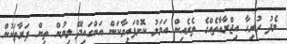
މެދު ހުރިހާ އިޖްރާއާތެއްގެ ތެރެއިން އަމަލު ކޮށްފައިވާކަން އަންގައިދޭ ލިޔުން ތިން ފަރާތަކުން